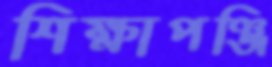
শিক্ষাপঞ্জি